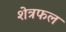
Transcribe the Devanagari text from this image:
शेत्रफल